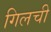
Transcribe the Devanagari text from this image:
गिलची